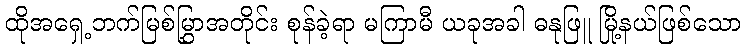
ထိုအရှေ့ဘက်မြစ်မြွှာအတိုင်း စုန်ခဲ့ရာ မကြာမီ ယခုအခါ ဓနုဖြူ မြို့နယ်ဖြစ်သော